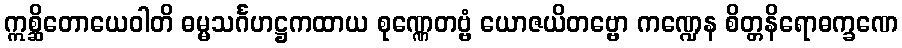
ဣစ္ဆိတောယေဝါတိ ဓမ္မသင်္ဂဟဋ္ဌကထာယ စုဏ္ဏေတဗ္ဗံ ယောဇယိတဗ္ဗော ကဏ္ဍေန စိတ္တနိရောဓက္ခဏေ